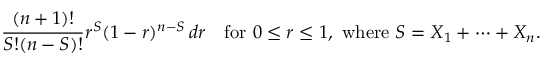
{ \frac { ( n + 1 ) ! } { S ! ( n - S ) ! } } r ^ { S } ( 1 - r ) ^ { n - S } \, d r \quad { \mathrm { f o r ~ } } 0 \leq r \leq 1 , { \mathrm { ~ w h e r e ~ } } S = X _ { 1 } + \cdots + X _ { n } .